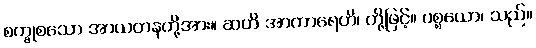
စက္ခုစသော အာယတနတို့အား။ ဆဟိ အာကာရေဟိ၊ တို့ဖြင့်။ ပစ္စယော၊ သည်။